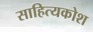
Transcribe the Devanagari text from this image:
साहित्यकोश